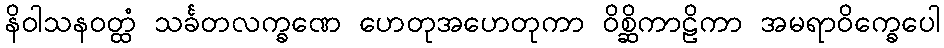
နိဝါသနဝတ္ထံ သင်္ခတလက္ခဏေ ဟေတုအဟေတုကာ ဝိစ္ဆိကာဠိကာ အမရာဝိက္ခေပေါ